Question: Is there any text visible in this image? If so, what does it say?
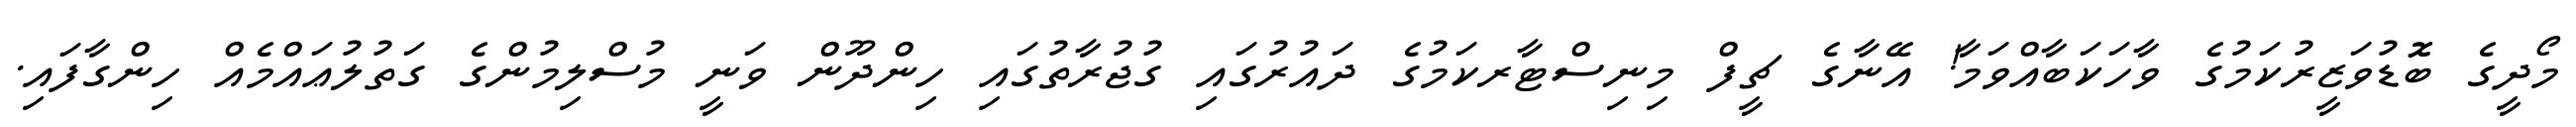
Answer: މޯދީގެ ބޮޮޑުވަޒީރުކަމުގެ ވާހަކަބާއްވަމާ! އޭނާގެ ޗީފް މިނިސްޓާރކަމުގެ ދައުރުގައި ގުޖުރާތުގައި ހިންދޫން ވަނީ މުސްލިމުންގެ ގަތުލުޢައްމެއް ހިންގާފައި.